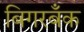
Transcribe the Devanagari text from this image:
बिगरबँक